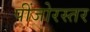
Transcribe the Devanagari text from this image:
पींजोरस्तर